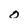
Character: 0